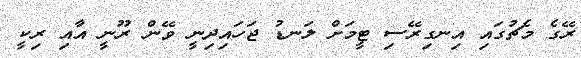
ރޭގެ މެޗުގައި އިނގިރޭސި ޓީމަށް ލަނޑު ޖަހައިދިނީ ވޭން ރޫނީ އާއި ރިކީ